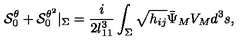
{ \cal S } _ { 0 } ^ { \theta } + { \cal S } _ { 0 } ^ { \theta ^ { 2 } } | _ { \Sigma } = { \frac { i } { 2 l _ { 1 1 } ^ { 3 } } } \int _ { \Sigma } \sqrt { h _ { i j } } { \bar { \Psi } } _ { M } V _ { M } d ^ { 3 } s ,